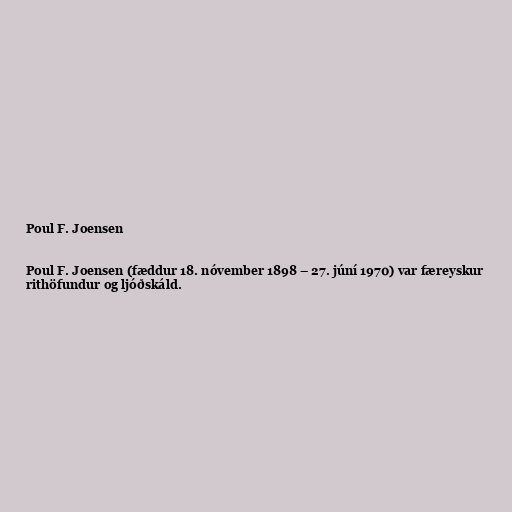
Poul F. Joensen

Poul F. Joensen (fæddur 18. nóvember 1898 – 27. júní 1970) var færeyskur
rithöfundur og ljóðskáld.